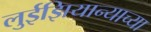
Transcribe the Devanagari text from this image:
लुईझियान्याच्या